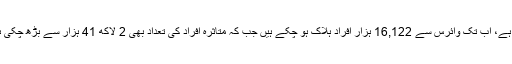
برازیل میں بھی بہت تیزی کے ساتھ کرونا ہلاکتوں کی تعداد بڑھتی جا رہی ہے، اب تک وائرس سے 16,122 ہزار افراد ہلاک ہو چکے ہیں جب کہ متاثرہ افراد کی تعداد بھی 2 لاکھ 41 ہزار سے بڑھ چکی ہے، گزشتہ چوبیس گھنٹوں کے دوران برازیل میں 485 اموات ہو چکی ہیں۔